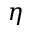
\eta